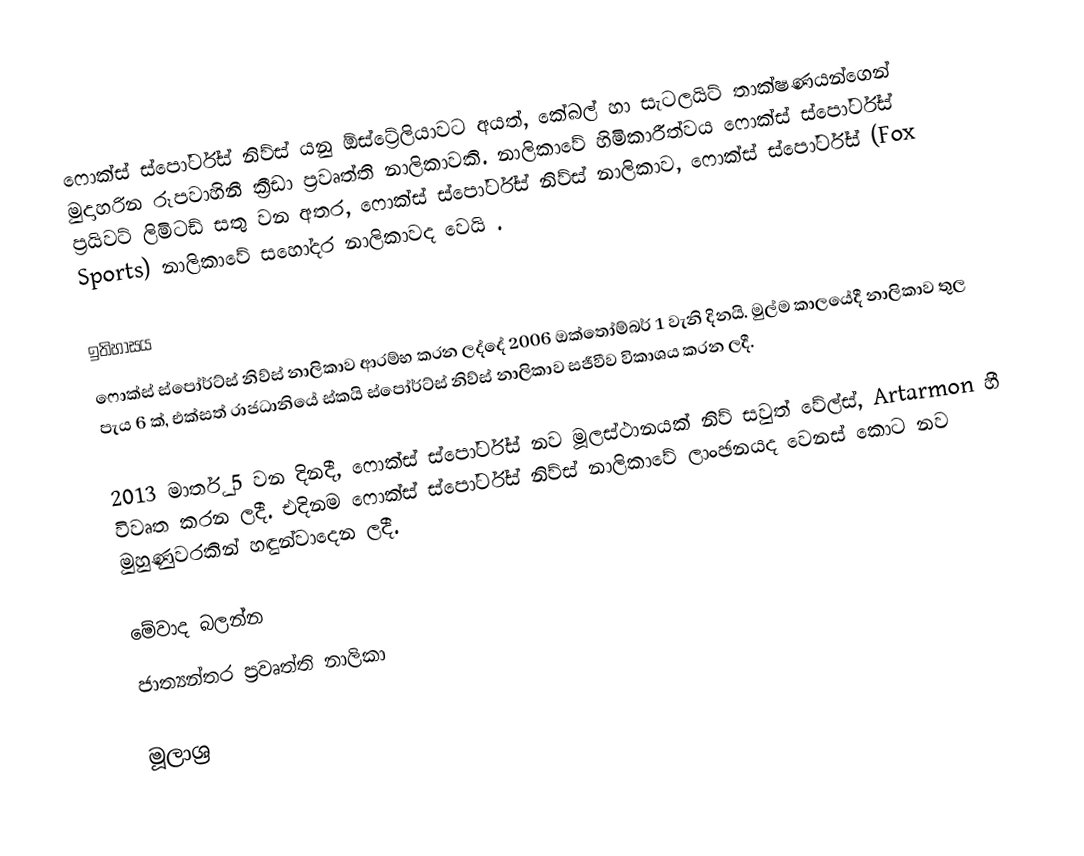
ෆොක්ස් ස්පෝර්ට්ස් නිව්ස් යනු ඕස්ට්‍රේලියාවට අයත්, කේබල් හා සැටලයිට් තාක්ෂණයන්ගෙන් මුදාහරින රූපවාහිනී ක්‍රීඩා ප්‍රවෘත්ති නාලිකාවකි. නාලිකාවේ හිමිකාරීත්වය ෆොක්ස් ස්පෝර්ට්ස් ප්‍රයිවට් ලිමිටඩ් සතු වන අතර, ෆොක්ස් ස්පෝර්ට්ස් නිව්ස් නාලිකාව, ෆොක්ස් ස්පෝර්ට්ස් (Fox Sports) නාලිකාවේ සහෝදර නාලිකාවද වෙයි .

ඉතිහාසය
ෆොක්ස් ස්පෝර්ට්ස් නිව්ස් නාලිකාව ආරම්භ කරන ලද්දේ 2006 ඔක්තෝම්බර් 1 වැනි දිනයි. මුල්ම කාලයේදී නාලිකාව තුල පැය 6 ක්, එක්සත් රාජධානියේ ස්කයි ස්පෝර්ට්ස් නිව්ස් නාලිකාව සජීවීව විකාශය කරන ලදී.

2013 මාර්තු 5 වන දිනදී, ෆොක්ස් ස්පෝර්ට්ස් නව මූලස්ථානයක් නිව් සවුත් වේල්ස්, Artarmon හී විවෘත කරන ලදී. එදිනම ෆොක්ස් ස්පෝර්ට්ස් නිව්ස් නාලිකාවේ ලාංඡනයද වෙනස් කොට නව මුහුණුවරකින් හඳුන්වාදෙන ලදී.

මේවාද බලන්න
 ජාත්‍යන්තර ප්‍රවෘත්ති නාලිකා

මූලාශ්‍ර